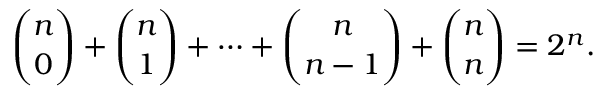
{ \binom { n } { 0 } } + { \binom { n } { 1 } } + \cdots + { \binom { n } { n - 1 } } + { \binom { n } { n } } = 2 ^ { n } .